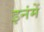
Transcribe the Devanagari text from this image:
इनंमें